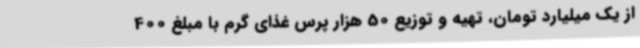
از یک میلیارد تومان، تهیه و توزیع 50 هزار پرس غذای گرم با مبلغ 400